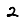
Digit: 2